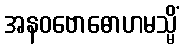
အနဝဗောဓောဟမသ္မိံ